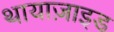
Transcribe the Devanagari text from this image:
थायाज़ाइड